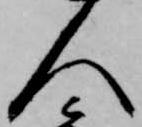
人